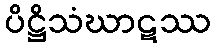
ပိဋ္ဌိသံဃာဋဿ